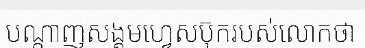
បណ្តាញសង្គមហ្វេសប៊ុករបស់លោកថា